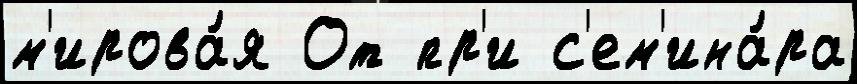
м'ирова́я От пр'и с'ем'ина́ра